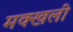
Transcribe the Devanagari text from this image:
मक्खली